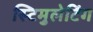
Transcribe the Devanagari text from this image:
स्टिमुलेटिंग